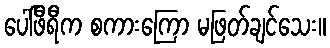
ပေါ်ဖီရီက စကားကြော မဖြတ်ချင်သေး။